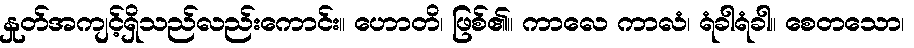
နှုတ်အကျင့်ရှိသည်လည်းကောင်း။ ဟောတိ၊ ဖြစ်၏။ ကာလေ ကာလံ၊ ရံခါရံခါ။ စေတသော၊